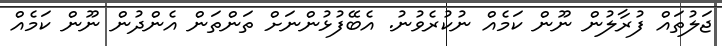
ޖަލުތައް ފުރާލުން ނޫން ކަމެއް ނުކުރެވުނު. އެބޭފުޅުންނަށް ތަންތަން އެންދުން ނޫން ކަމެއް